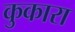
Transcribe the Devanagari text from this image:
कुकारा